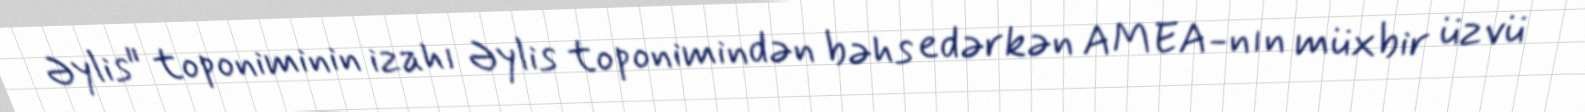
Əylis" toponiminin izahı Əylis toponimindən bəhs edərkən AMEA-nın müxbir üzvü